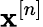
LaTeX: \mathbf{x}^{[n]}